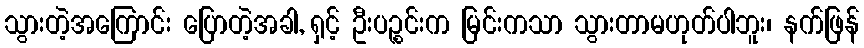
သွားတဲ့အကြောင်း ပြောတဲ့အခါ, ရှင့် ဦးပဉ္စင်းက မြင်းကသာ သွားတာမဟုတ်ပါဘူး၊ နက်ဖြန်